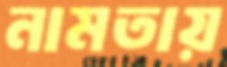
নামতায়